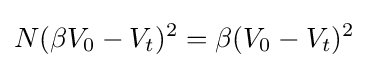
N(\beta V_{0}-V_{t})^{2}=\beta (V_{0}-V_{t})^{2}